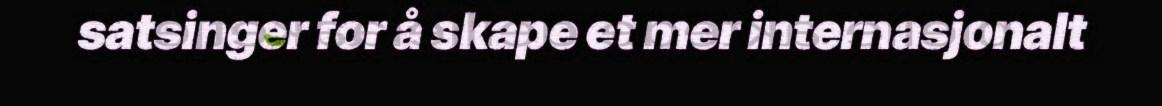
satsinger for å skape et mer internasjonalt